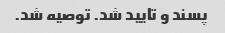
پسند و تایید شد. توصیه شد.